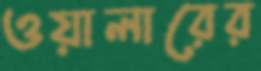
ওয়ালারের